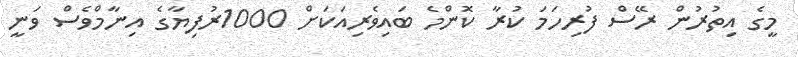
މީގެ އިތުރުން ރޭސް ފުރިހަމަ ކުރާ ކޮންމެ ބައިވެރިއަކަށް 1000ރުފިޔާގެ އިނާމްވެސް ވަނީ